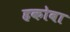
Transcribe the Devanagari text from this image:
हकोबा